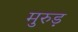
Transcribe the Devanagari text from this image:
मुरुड़